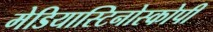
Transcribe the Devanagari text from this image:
मेडियास्टिनोस्कोपी